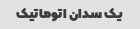
یک سدان اتوماتیک